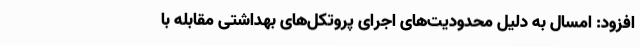
افزود: امسال به دلیل محدودیت‌های اجرای پروتکل‌های بهداشتی مقابله با